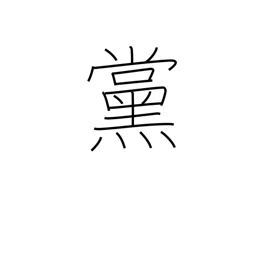
Meaning: faction